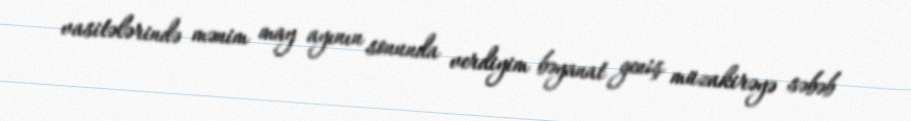
vasitələrində mənim may ayının sonunda verdiyim bəyanat geniş müzakirəyə səbəb